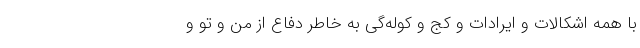
با همه اشکالات و ایرادات و کج و کوله‌گی به خاطر دفاع از من و تو و